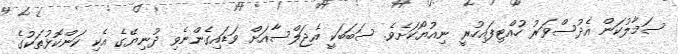
ސަމާލުކަން އެދުސްވަރު ހުއްޓިފައިހުރީ ނިއުޔޯކަށެވެ. ސަބަބަކީ އެޖަލްސާއަށް ވަޑައިގެންނެވި ދުނިޔޭގެ އެކި ކަންކޮޅުތަކުގެ